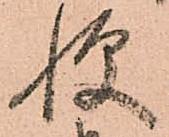
憚